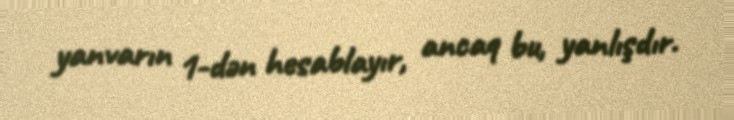
yanvarın 1-dən hesablayır, ancaq bu, yanlışdır.